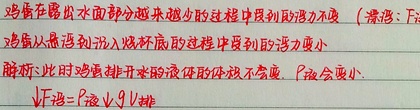
鸡蛋在露出水面部分越来越少的过程中受到的浮力不变（漂浮：\(F_{浮}=G\)）；鸡蛋从悬浮到沉入烧杯底的过程中受到的浮力变小。

解析：此时鸡蛋排开的液体的体积不变，\(\rho_{液}\)会变小。\(F_{浮}=\rho_{液}gV_{排}\)